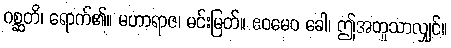
ဂစ္ဆတိ၊ ရောက်၏။ မဟာရာဇ၊ မင်းမြတ်။ ဧဝမေဝ ခေါ၊ ဤအတူသာလျှင်။